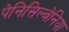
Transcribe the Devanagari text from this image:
पेनिसिल्‍वेनिया